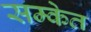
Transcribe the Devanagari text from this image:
सम्केत